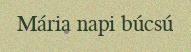
Mária napi búcsú